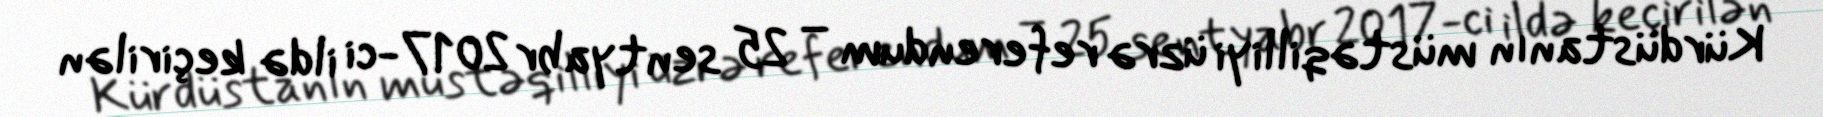
Kürdüstanın müstəqilliyi üzrə referendum – 25 sentyabr 2017-ci ildə keçirilən